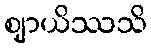
ဈာယိဿသိ